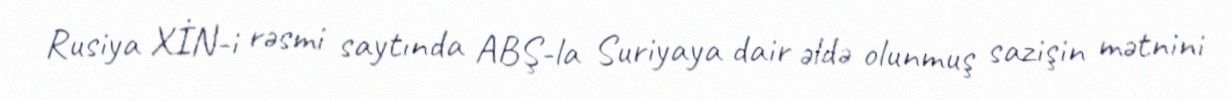
Rusiya XİN-i rəsmi saytında ABŞ-la Suriyaya dair əldə olunmuş sazişin mətnini